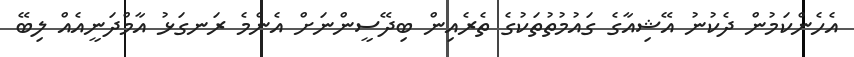
އެހެންކަމުން ދެކުނު އޭޝިއާގެ ގައުމުތުތަކުގެ ތެރެއިން ބިދޭސީންނަށް އެންމެ ރަނގަޅު އާމްދަނީއެއް ލިބޭ